Eesti_Uliopilaste_Seltsi_vilistlaskogu, lk 6
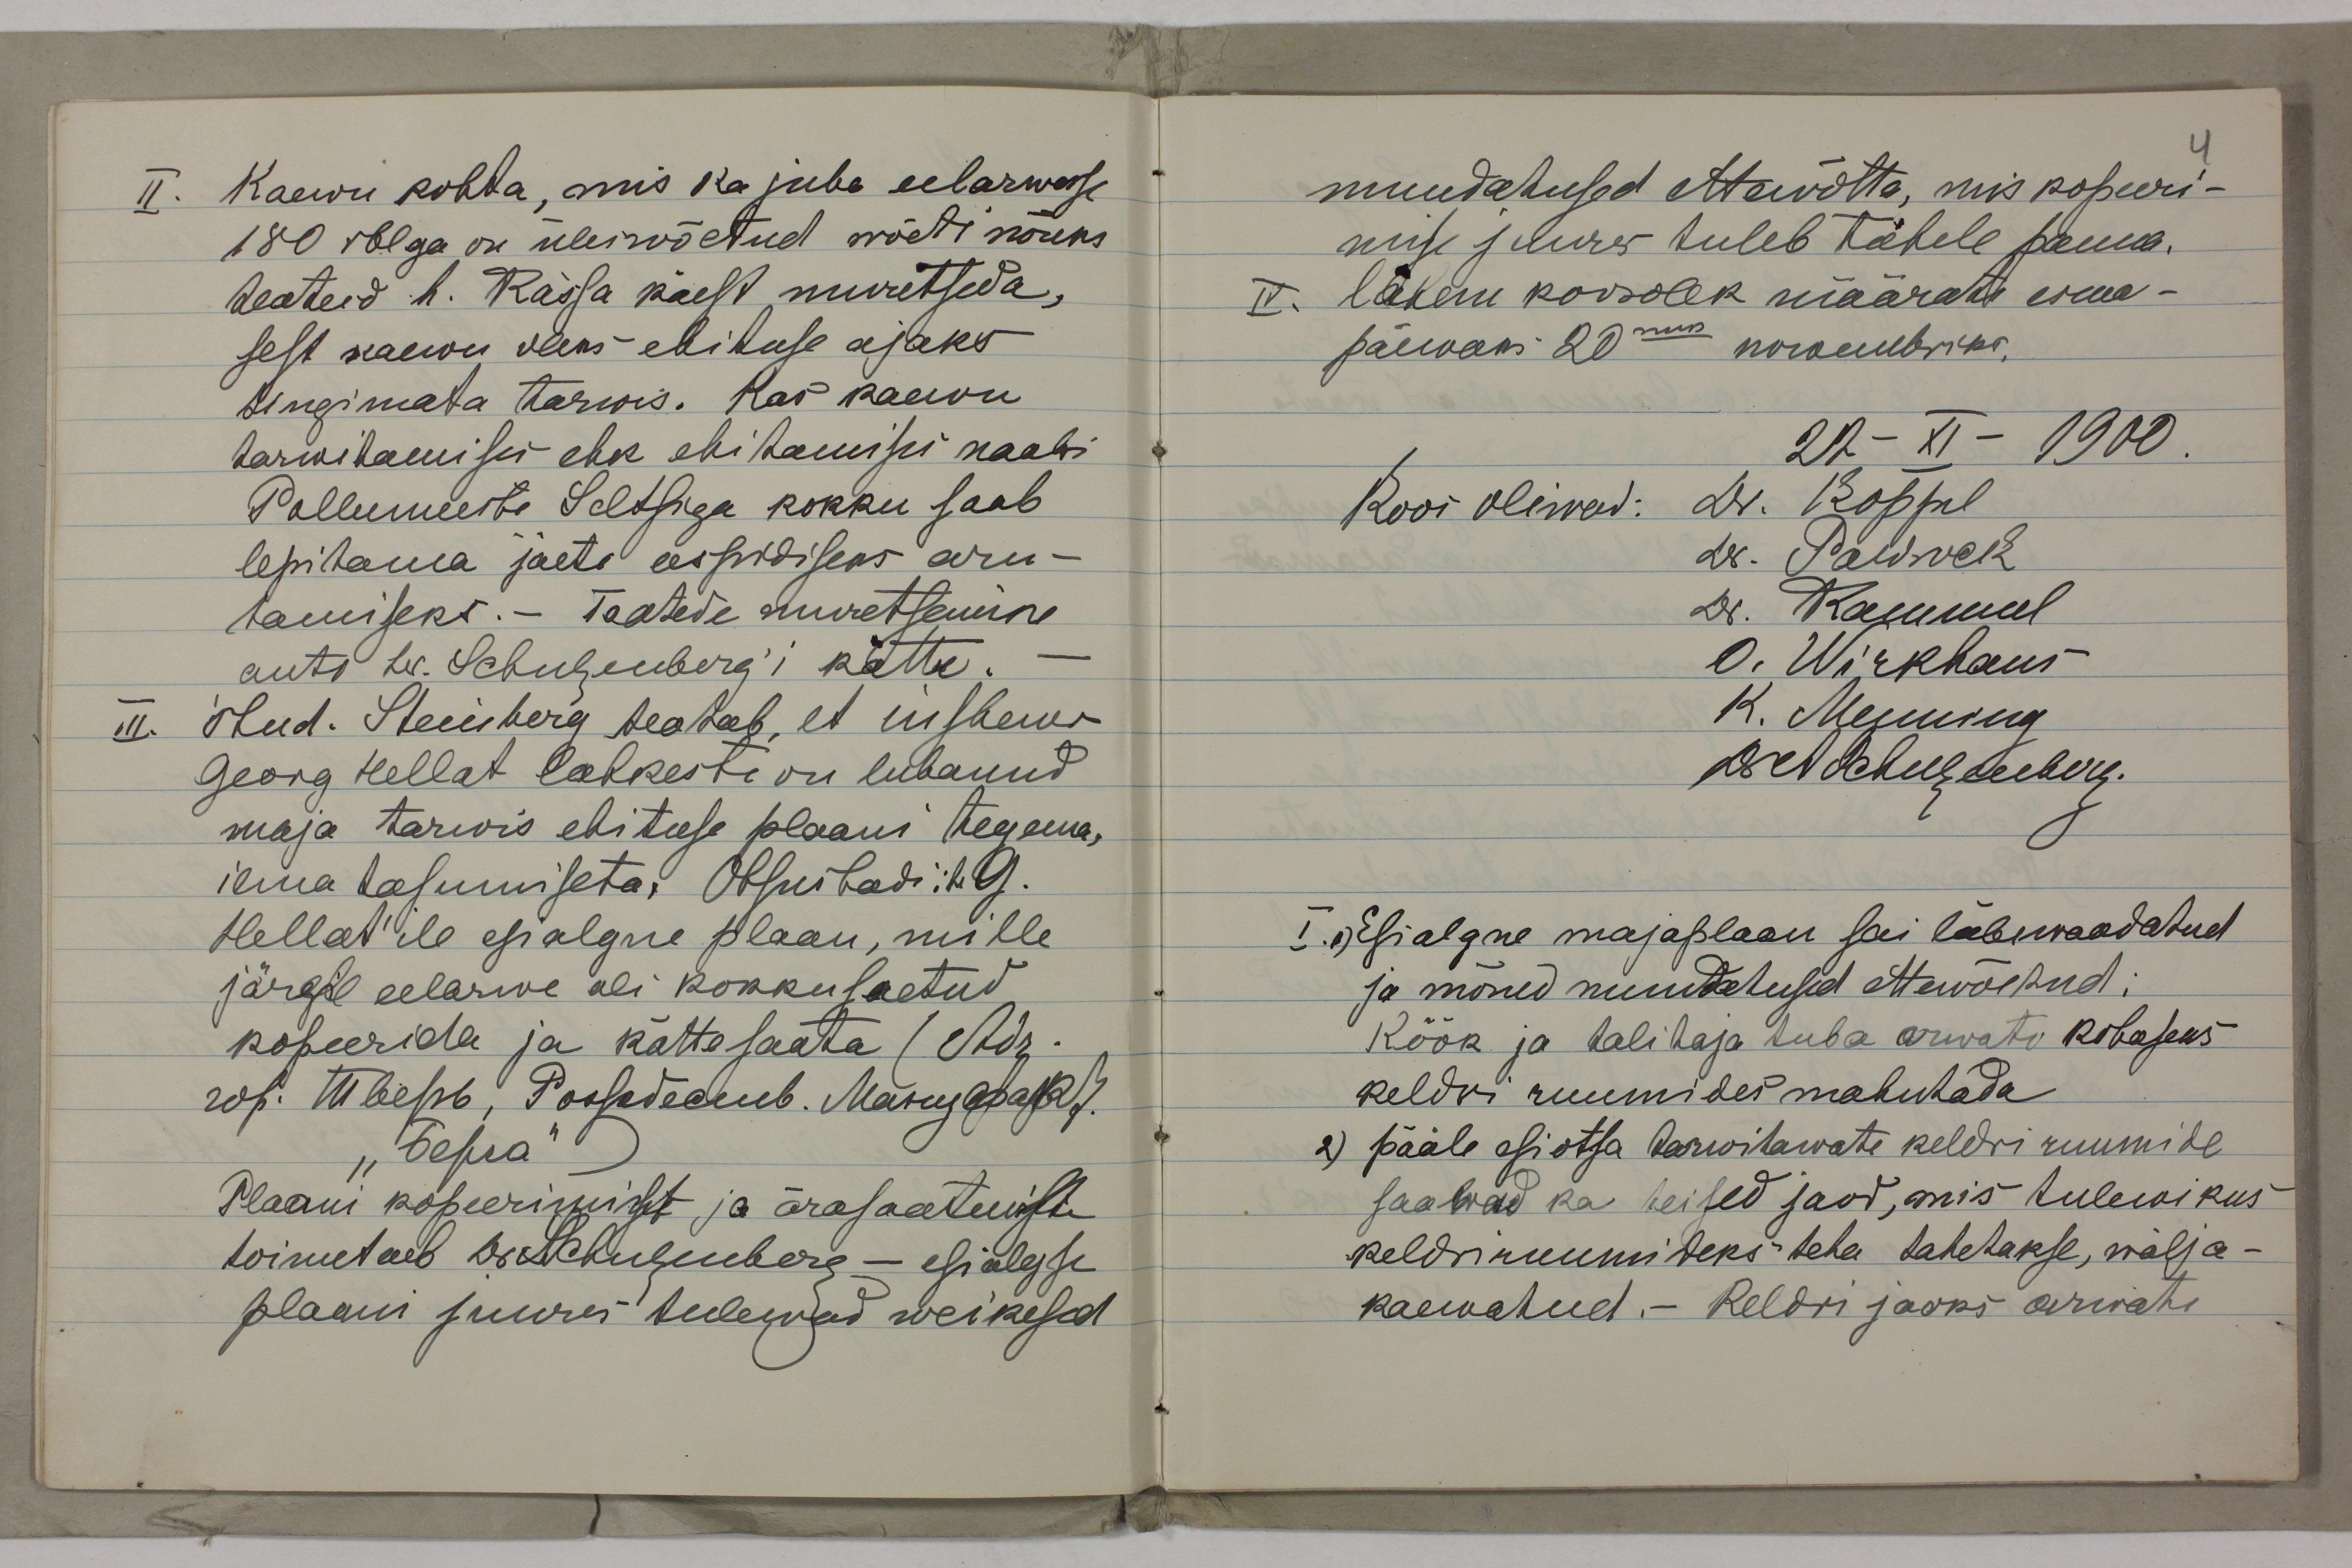
Raewu kohta, mis ka juba eelarwasse180 iblga on üleiwõetud wõett nõuksteateid h. Rässa kaest muvritseda,sest naewu vleks ebituse ajakstingimata tarwis. Kas kaemutarvihamises ehk ehihamises nääbiPollumeeste Seltsiga kokku saablepihama jäeti eessirdiseks aru-tamiseks.- Taatede suuretseminoauti he. Schuleubergi kättu.". õlud. Reüsberg seabab, et uishemgeorg Hellat lahkesti on lubanudmaja tarwis ebituse plaani tegema,ilma tasmmisetas Otsuibadi:k9.Hellatile epalgne plaan, millejärgel eelarwe oli kokkulaetudkopeerida ja kattosaata (Adr-rob. Üleрb, Рocдеcb. Märujasasa).Plaani kopeerinistt ja ärasaateitutoimetaeb Osahuguuberg - egialgseplaan juures teelewad weikesed

muudahused Ateivõtta, mis koperi-miise sdures tuleb tähele penna.VI. läkem koosolek määrate esma-päewaks 20mna пoieмbrrkа.27-XI - 1900.T Pisialgne majaplaan sai labewraadatudja mõned nuutatusid Atewõekud:Röök ja talihaja tuba arwatu kobasekskeldrs ruumides mahuhada2) pääle asiotsa tarwitawate keldri ruumidesaabad ka heised jaod, mis tulewikuskeldrmuumideks teha tahehakse, wälja-kaemahud.- Kelori jaoks ärwahi